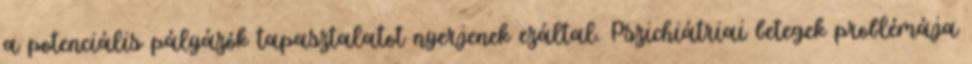
a potenciális pályázók tapasztalatot nyerjenek ezáltal. Pszichiátriai betegek problémája